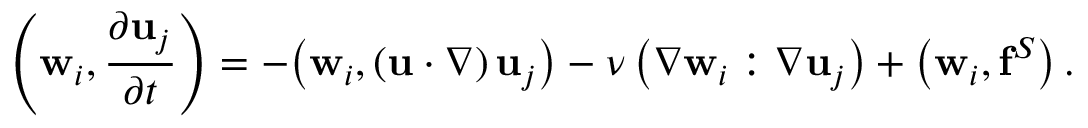
\left( \mathbf { w } _ { i } , { \frac { \partial \mathbf { u } _ { j } } { \partial t } } \right) = - { \bigl ( } \mathbf { w } _ { i } , \left( \mathbf { u } \cdot \nabla \right) \mathbf { u } _ { j } { \bigr ) } - \nu \left( \nabla \mathbf { w } _ { i } : \nabla \mathbf { u } _ { j } \right) + \left( \mathbf { w } _ { i } , \mathbf { f } ^ { S } \right) .